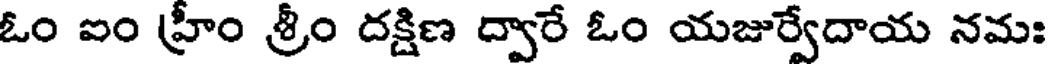
ఓం ఐం హ్రీం శ్రీం దక్షిణ ద్వారే ఓం యజుర్వేదాయ నమః